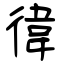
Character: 徫